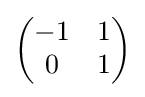
{\begin{pmatrix}-1&1\\0&1\end{pmatrix}}